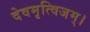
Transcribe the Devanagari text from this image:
देवमृत्विजम्‌।